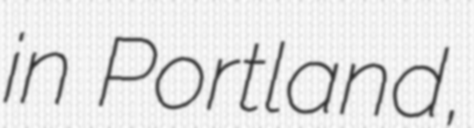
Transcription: in Portland,